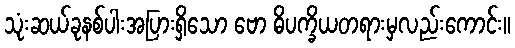
သုံးဆယ်ခုနစ်ပါးအပြားရှိသော ဗော ဓိပက္ခိယတရားမှလည်းကောင်း။